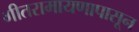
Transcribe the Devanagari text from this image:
गीतरामायणापासून